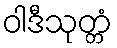
ဝါဒီသုတ္တံ